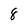
Character: 8